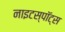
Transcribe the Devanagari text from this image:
नाइटस्पॉट्स